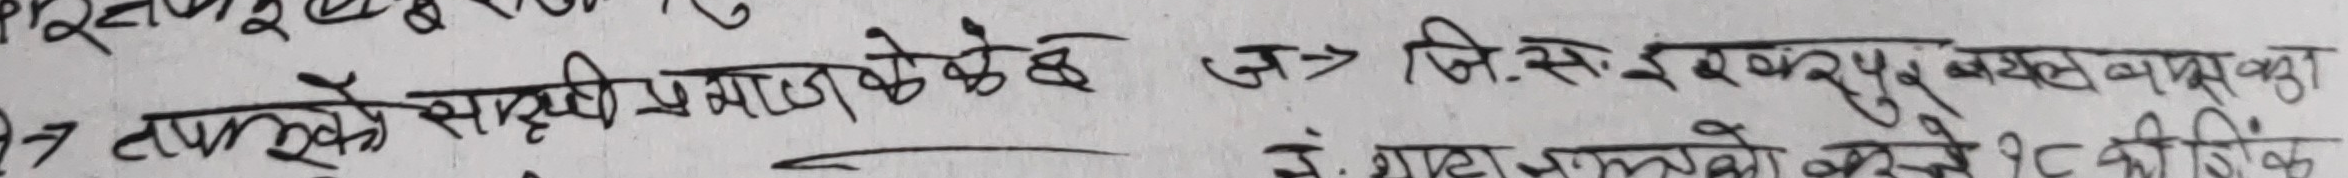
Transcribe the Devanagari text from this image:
7 तपसकै साथी प्रकाश केके छ> जि. सि. इकरपु अबल ब्यासका